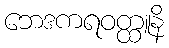
ဘေဒကရဝတ္ထူနိ